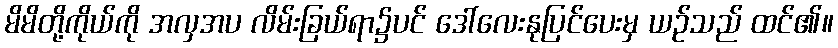
မိမိတို့ကိုယ်ကို အလှအပ လိမ်းခြယ်ရာ၌ပင် ဒေါ်လေးနုပြင်ပေးမှ ယဉ်သည် ထင်၏။